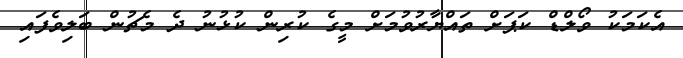
އެކަމަކު ވޯލްޑް ކަޕަށް ތައްޔާރުވުމަށް މީގެ ކުރިން ކުޅުނު ދެ މެޗުން ބަލިވެފައި